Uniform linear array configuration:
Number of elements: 48
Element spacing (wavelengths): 1
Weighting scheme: kaiser
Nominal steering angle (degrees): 60
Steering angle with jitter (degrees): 58.602
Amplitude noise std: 0.05
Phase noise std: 0.05

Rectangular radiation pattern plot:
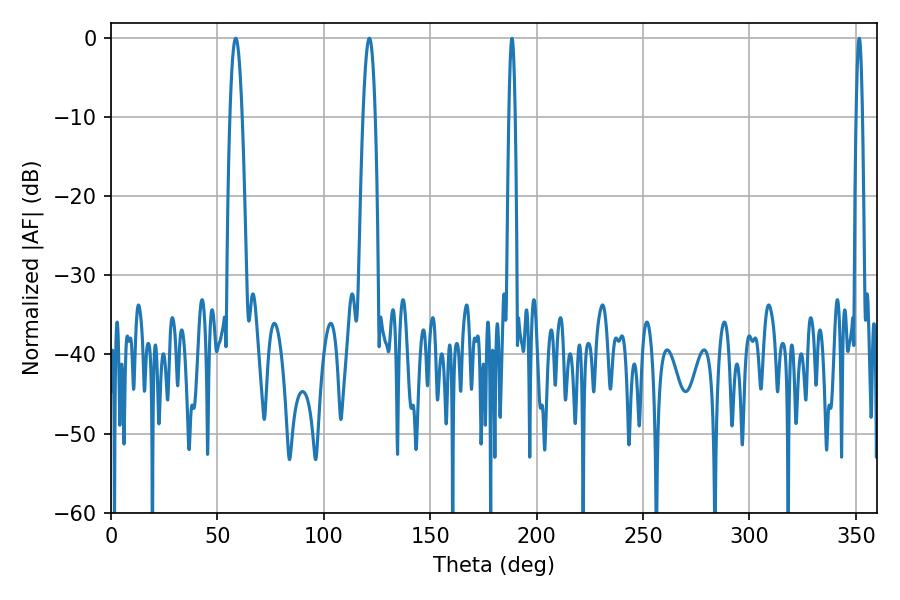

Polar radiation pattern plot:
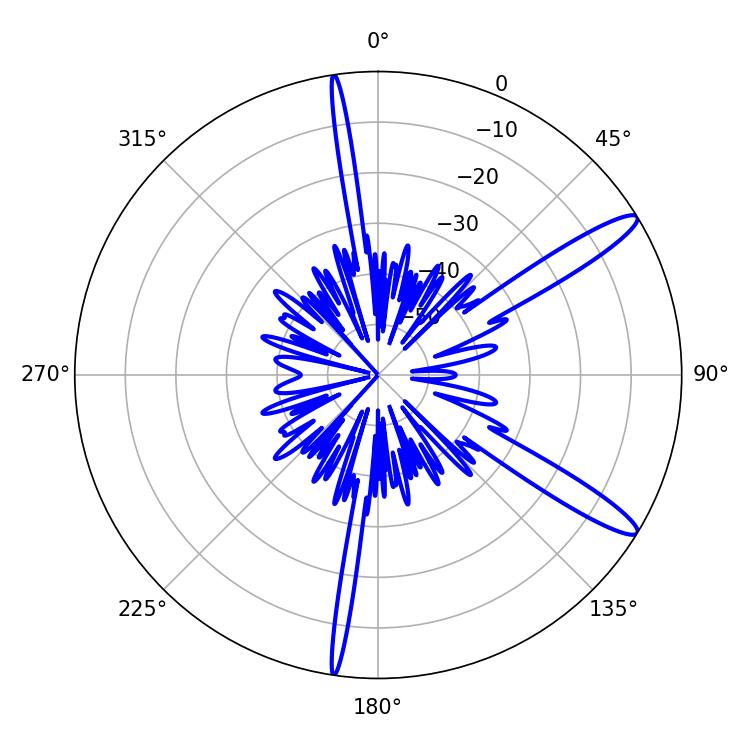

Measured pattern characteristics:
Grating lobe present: TRUE
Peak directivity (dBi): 13.294
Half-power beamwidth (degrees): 3.06
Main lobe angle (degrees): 58.68